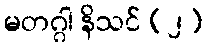
မတဂ္ဂါ နိသင် (၂)